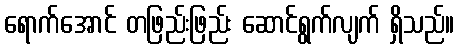
ရောက်အောင် တဖြည်းဖြည်း ဆောင်ရွက်လျက် ရှိသည်။